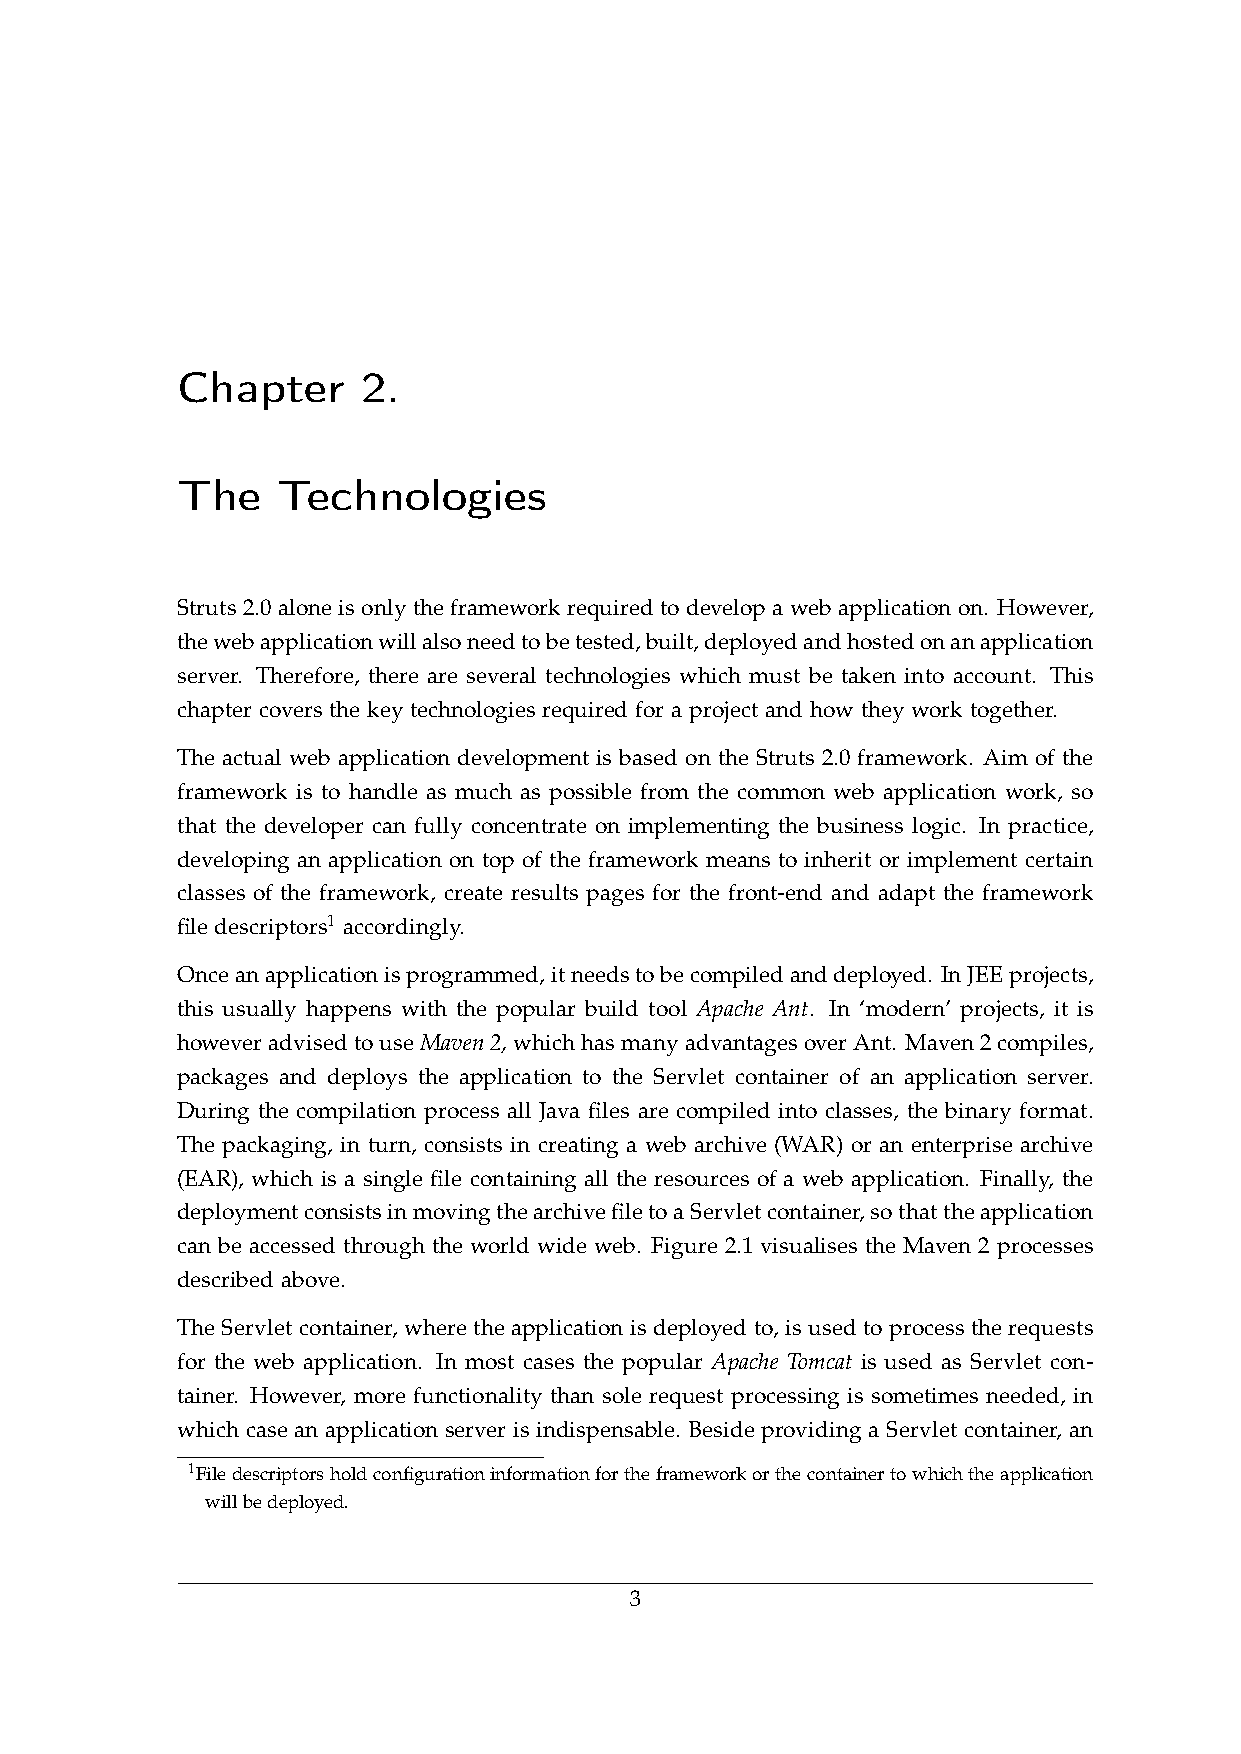
Chapter     2.
 The   Technologies
 Struts 2.0 alone is only the framework required to develop a web application on. However,
 thewebapplicationwillalsoneedtobetested,built,deployedandhostedonanapplication
 server. Therefore, there are several technologies which must be taken into account. This
 chapter covers the key technologies required for a project and how they work together.
 The actual web application development is based on the Struts 2.0 framework. Aim of the
 framework is to handle as much as possible from the common web application work, so
 that the developer can fully concentrate on implementing the business logic. In practice,
 developing an application on top of the framework means to inherit or implement certain
 classes of the framework, create results pages for the front-end and adapt the framework
 file descriptors1 accordingly.
 Onceanapplicationisprogrammed,itneedstobecompiledanddeployed. InJEEprojects,
 this usually happens with the popular build tool Apache Ant. In ‘modern’ projects, it is
 howeveradvisedtouseMaven2,whichhasmanyadvantagesoverAnt. Maven2compiles,
 packages and deploys the application to the Servlet container of an application server.
 During the compilation process all Java files are compiled into classes, the binary format.
 The packaging, in turn, consists in creating a web archive (WAR) or an enterprise archive
 (EAR), which is a single file containing all the resources of a web application. Finally, the
 deploymentconsistsinmovingthearchivefiletoaServletcontainer,sothattheapplication
 can be accessed through the world wide web. Figure 2.1 visualises the Maven 2 processes
 described above.
 The Servlet container, where the application is deployed to, is used to process the requests
 for the web application. In most cases the popular Apache Tomcat is used as Servlet con-
 tainer. However, more functionality than sole request processing is sometimes needed, in
 which case an application server is indispensable. Beside providing a Servlet container, an
 1Filedescriptorsholdconfigurationinformationfortheframeworkorthecontainertowhichtheapplication
 willbedeployed.
 3